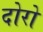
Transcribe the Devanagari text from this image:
दोरों